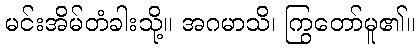
မင်းအိမ်တံခါးသို့။ အဂမာသိ၊ ကြွတော်မူ၏။